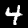
Label: 4